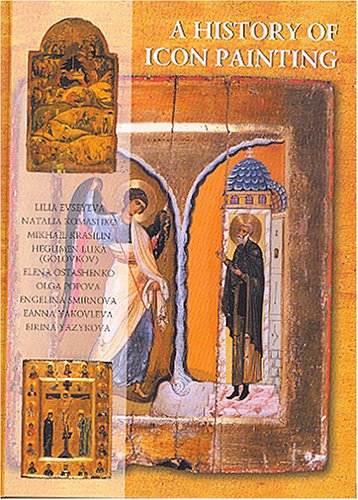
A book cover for A History of Icon Painting; L. Evseyeva; Arts & Photography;